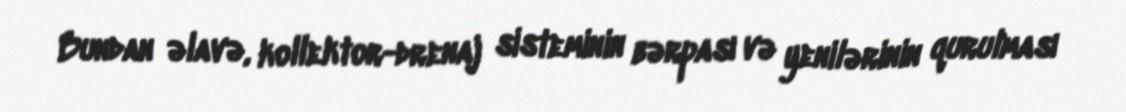
Bundan əlavə, kollektor-drenaj sisteminin bərpası və yenilərinin qurulması